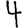
Digit: 4